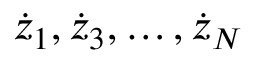
{ \dot { z } } _ { 1 } , { \dot { z } } _ { 3 } , \dots , { \dot { z } } _ { N }